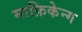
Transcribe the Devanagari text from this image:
माफ़िकेन्ग